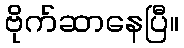
ဗိုက်ဆာနေပြီ။